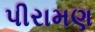
પીરામણ